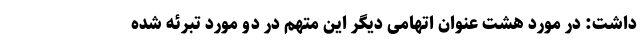
داشت:‌ در مورد هشت عنوان اتهامی دیگر این متهم در دو مورد تبرئه شده